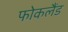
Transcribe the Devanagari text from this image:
फोकलैंड